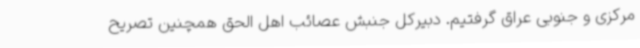
مرکزی و جنوبی عراق گرفتیم. دبیرکل جنبش عصائب اهل الحق همچنین تصریح